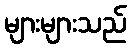
များများသည်